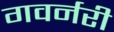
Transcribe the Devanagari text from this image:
गवर्नरी